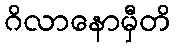
ဂိလာနောမှီတိ